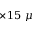
\times 1 5 ~ \mu